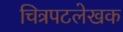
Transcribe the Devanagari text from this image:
चित्रपटलेखक